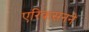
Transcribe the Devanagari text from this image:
एरिकसनने